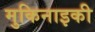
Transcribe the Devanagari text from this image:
मुकिनाइकी